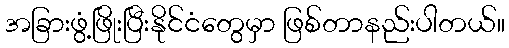
အခြားဖွံ့ဖြိုးပြီးနိုင်ငံတွေမှာ ဖြစ်တာနည်းပါတယ်။